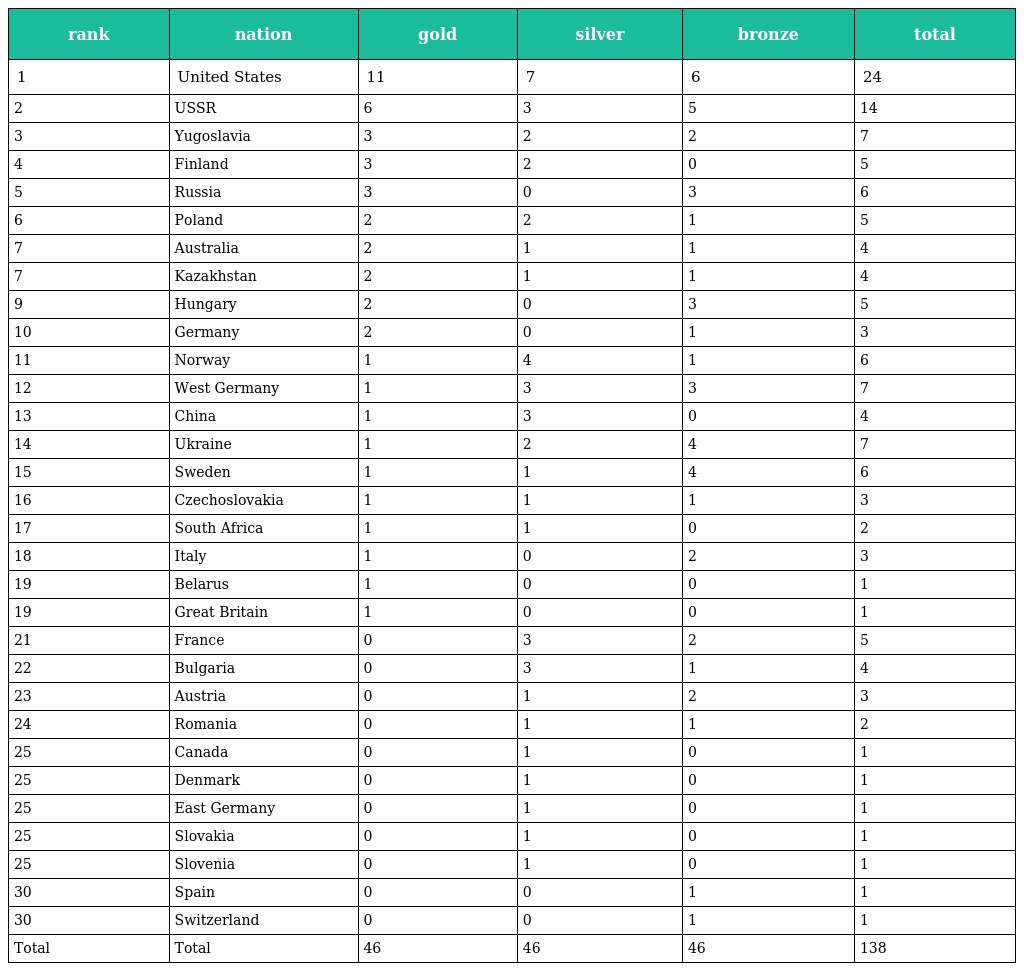
| rank | nation | gold | silver | bronze | total |
 | --- | --- | --- | --- | --- | --- |
 | 1 | United States | 11 | 7 | 6 | 24 |
 | 2 | USSR | 6 | 3 | 5 | 14 |
 | 3 | Yugoslavia | 3 | 2 | 2 | 7 |
 | 4 | Finland | 3 | 2 | 0 | 5 |
 | 5 | Russia | 3 | 0 | 3 | 6 |
 | 6 | Poland | 2 | 2 | 1 | 5 |
 | 7 | Australia | 2 | 1 | 1 | 4 |
 | 7 | Kazakhstan | 2 | 1 | 1 | 4 |
 | 9 | Hungary | 2 | 0 | 3 | 5 |
 | 10 | Germany | 2 | 0 | 1 | 3 |
 | 11 | Norway | 1 | 4 | 1 | 6 |
 | 12 | West Germany | 1 | 3 | 3 | 7 |
 | 13 | China | 1 | 3 | 0 | 4 |
 | 14 | Ukraine | 1 | 2 | 4 | 7 |
 | 15 | Sweden | 1 | 1 | 4 | 6 |
 | 16 | Czechoslovakia | 1 | 1 | 1 | 3 |
 | 17 | South Africa | 1 | 1 | 0 | 2 |
 | 18 | Italy | 1 | 0 | 2 | 3 |
 | 19 | Belarus | 1 | 0 | 0 | 1 |
 | 19 | Great Britain | 1 | 0 | 0 | 1 |
 | 21 | France | 0 | 3 | 2 | 5 |
 | 22 | Bulgaria | 0 | 3 | 1 | 4 |
 | 23 | Austria | 0 | 1 | 2 | 3 |
 | 24 | Romania | 0 | 1 | 1 | 2 |
 | 25 | Canada | 0 | 1 | 0 | 1 |
 | 25 | Denmark | 0 | 1 | 0 | 1 |
 | 25 | East Germany | 0 | 1 | 0 | 1 |
 | 25 | Slovakia | 0 | 1 | 0 | 1 |
 | 25 | Slovenia | 0 | 1 | 0 | 1 |
 | 30 | Spain | 0 | 0 | 1 | 1 |
 | 30 | Switzerland | 0 | 0 | 1 | 1 |
 | Total | Total | 46 | 46 | 46 | 138 |